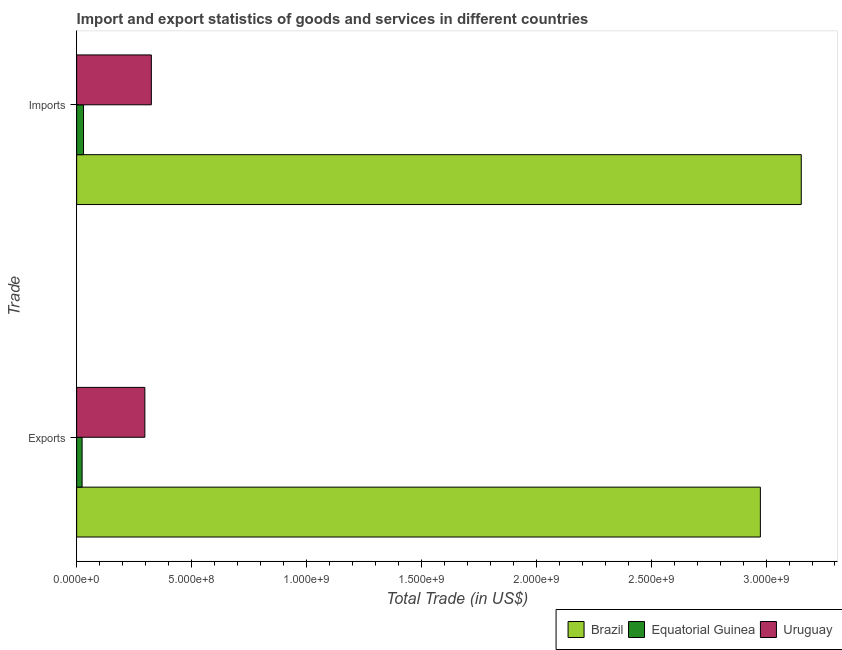
| Trade | Brazil | Equatorial Guinea | Uruguay |
 | --- | --- | --- | --- |
 | Exports | 2.98e+09 | 2.37e+07 | 2.97e+08 |
 | Imports | 3.15e+09 | 2.99e+07 | 3.25e+08 |